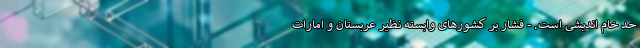
حد خام اندیشی است. - فشار بر کشورهای وابسته نظیر عربستان و امارات